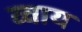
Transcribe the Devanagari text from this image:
व्वाय